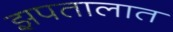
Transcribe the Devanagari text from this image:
झपतालात